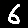
Digit: 6